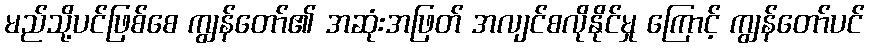
မည်သို့ပင်ဖြစ်စေ ကျွန်တော်၏ အဆုံးအဖြတ် အလျင်စလိုနိုင်မှု ကြောင့် ကျွန်တော်ပင်